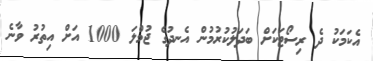
އެކަމަކު ދެ ރިސޯޓަކަށް ބަދަލުކުރުމުން އެނދުގެ ޖުމްލަ 1000 އަށް އިތުރު ވާނެ